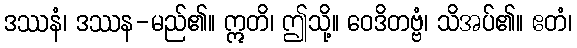
ဒဿနံ၊ ဒဿန-မည်၏။ ဣတိ၊ ဤသို့။ ဝေဒိတဗ္ဗံ၊ သိအပ်၏။ ဧတံ၊